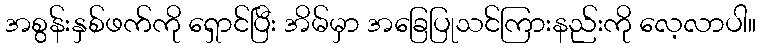
အစွန်းနှစ်ဖက်ကို ရှောင်ပြီး အိမ်မှာ အခြေပြုသင်ကြားနည်းကို လေ့လာပါ။